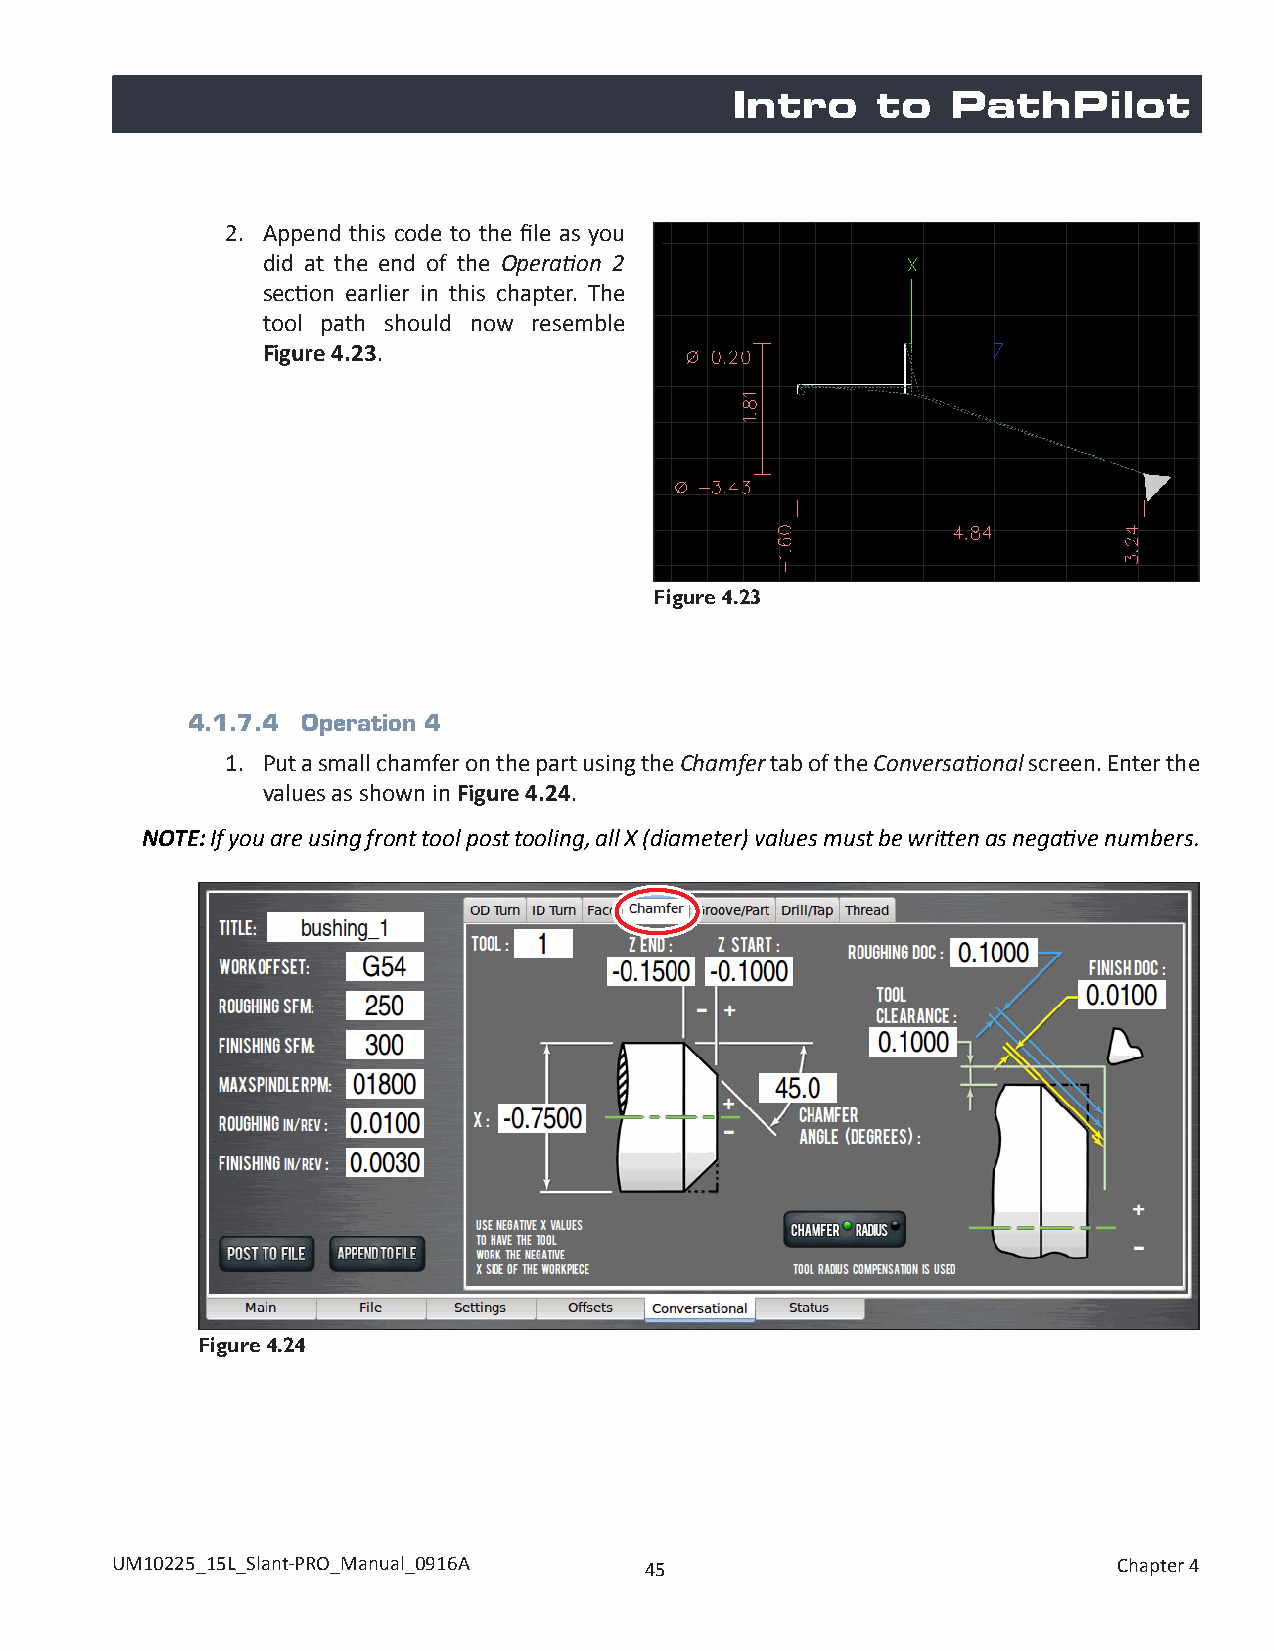
Intro     to   PathPilot
 2. Append this code to the file as you
 did at the end of the Operation 2
 section earlier in this chapter. The
 tool path should now resemble
 Figure 4.23.
 Figure 4.23
 4.1.7.4 Operation 4
 1. Put a small chamfer on the part using the Chamfer tab of the Conversational screen. Enter the
 values as shown in Figure 4.24.
 NOTE: If you are using front tool post tooling, all X (diameter) values must be written as negative numbers.
 Figure 4.24
 UM10225_15L_Slant-PRO_Manual_0916A  45                             Chapter 4